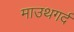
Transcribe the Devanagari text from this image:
माउथगर्द